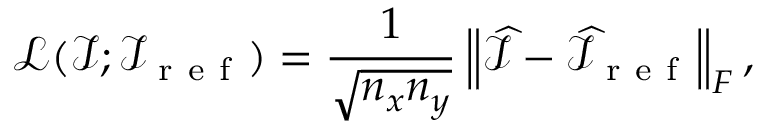
\mathcal { L } ( \mathcal { I } ; \mathcal { I } _ { \mathrm { ~ r ~ e ~ f ~ } } ) = \frac { 1 } { \sqrt { n _ { x } n _ { y } } } \left\| \widehat { \mathcal { I } } - \widehat { \mathcal { I } } _ { \mathrm { ~ r ~ e ~ f ~ } } \right\| _ { F } ,